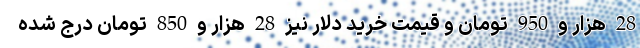
28 هزار و 950 تومان و قیمت خرید دلار نیز 28 هزار و 850 تومان درج شده